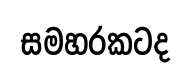
සමහරකටද